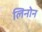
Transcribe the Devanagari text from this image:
लिनोन